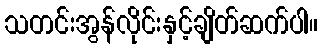
သတင်းအွန်လိုင်းနှင့်ချိတ်ဆက်ပါ။